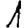
Digit: 1